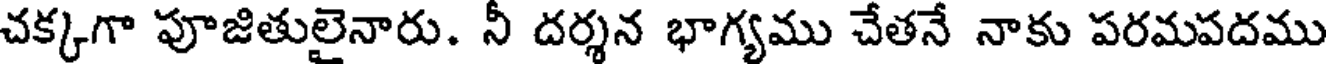
చక్కగా పూజితులైనారు. నీ దర్శన భాగ్యము చేతనే నాకు పరమపదము